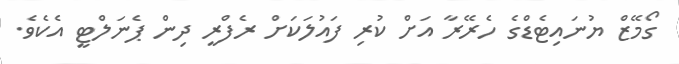
ގޯމޭޒް ޔުނައިޓެޑްގެ ހެރޭރާ އަށް ކުރި ފައުލަކަށް ރެފްރީ ދިން ޕެނަލްޓީ އެކެވެ.